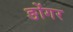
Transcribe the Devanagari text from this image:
ङोंगर